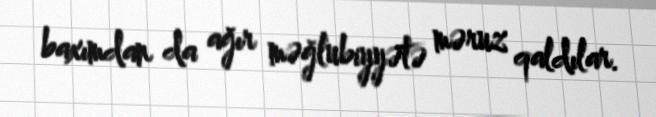
baxımdan da ağır məğlubiyyətə məruz qaldılar.